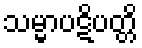
သမ္မာပဋိပတ္တိ